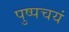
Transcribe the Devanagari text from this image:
पुष्पचयं